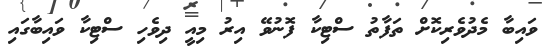
ވައިބާ މެދުވެރިކޮށް ތަފާތު ސްޓިކާ ފޮނުވޭ އިރު މިއީ ދިވެހި ސްޓިކާ ވައިބާގައި